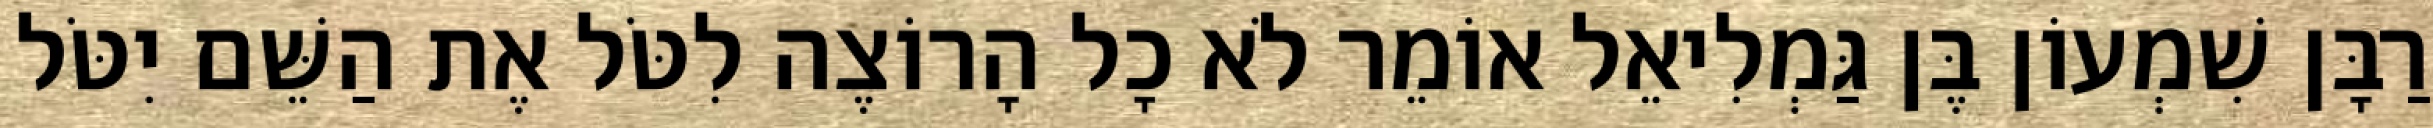
רַבָּן שִׁמְעוֹן בֶּן גַּמְלִיאֵל אוֹמֵר לֹא כָל הָרוֹצֶה לִטֹּל אֶת הַשֵּׁם יִטֹּל